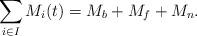
LaTeX: \begin{align*}\sum_{i \in I} M_i(t)=M_b + M_f+M_n. \end{align*}